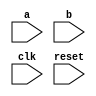
`timescale 1ns / 1ps
//////////////////////////////////////////////////////////////////////////////////
// Company: 
// Engineer: 
// 
// Design Name: 
// Module Name: fma
// Project Name: 
// Target Devices: 
// Tool Versions: 
// Description: 
// 
// Dependencies: 
// 
// Revision:
// Revision 0.01 - File Created
// Additional Comments:
// 
//////////////////////////////////////////////////////////////////////////////////


module fma(
    input wire [31:0] a,b,
    input wire clk,reset
    );
endmodule